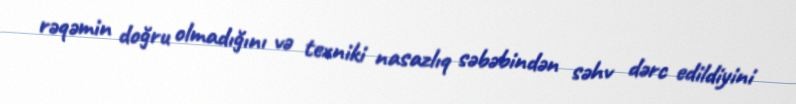
rəqəmin doğru olmadığını və texniki nasazlıq səbəbindən səhv dərc edildiyini